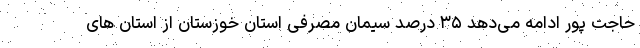
حاجت پور ادامه می‌دهد ۳۵ درصد سیمان مصرفی استان خوزستان از استان های